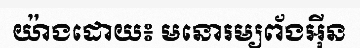
យ៉ាងដោយ៖ មនោរម្យព័ងអ៊ីន